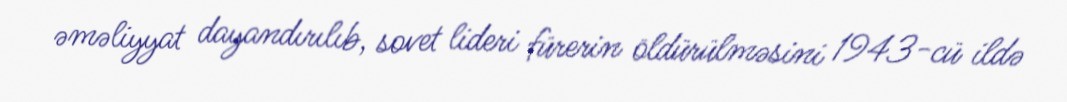
əməliyyat dayandırılıb, sovet lideri fürerin öldürülməsini 1943-cü ildə